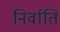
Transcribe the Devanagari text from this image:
निर्वाति